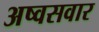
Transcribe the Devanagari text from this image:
अष्वसवार